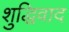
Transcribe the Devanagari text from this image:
शुद्धिवाद